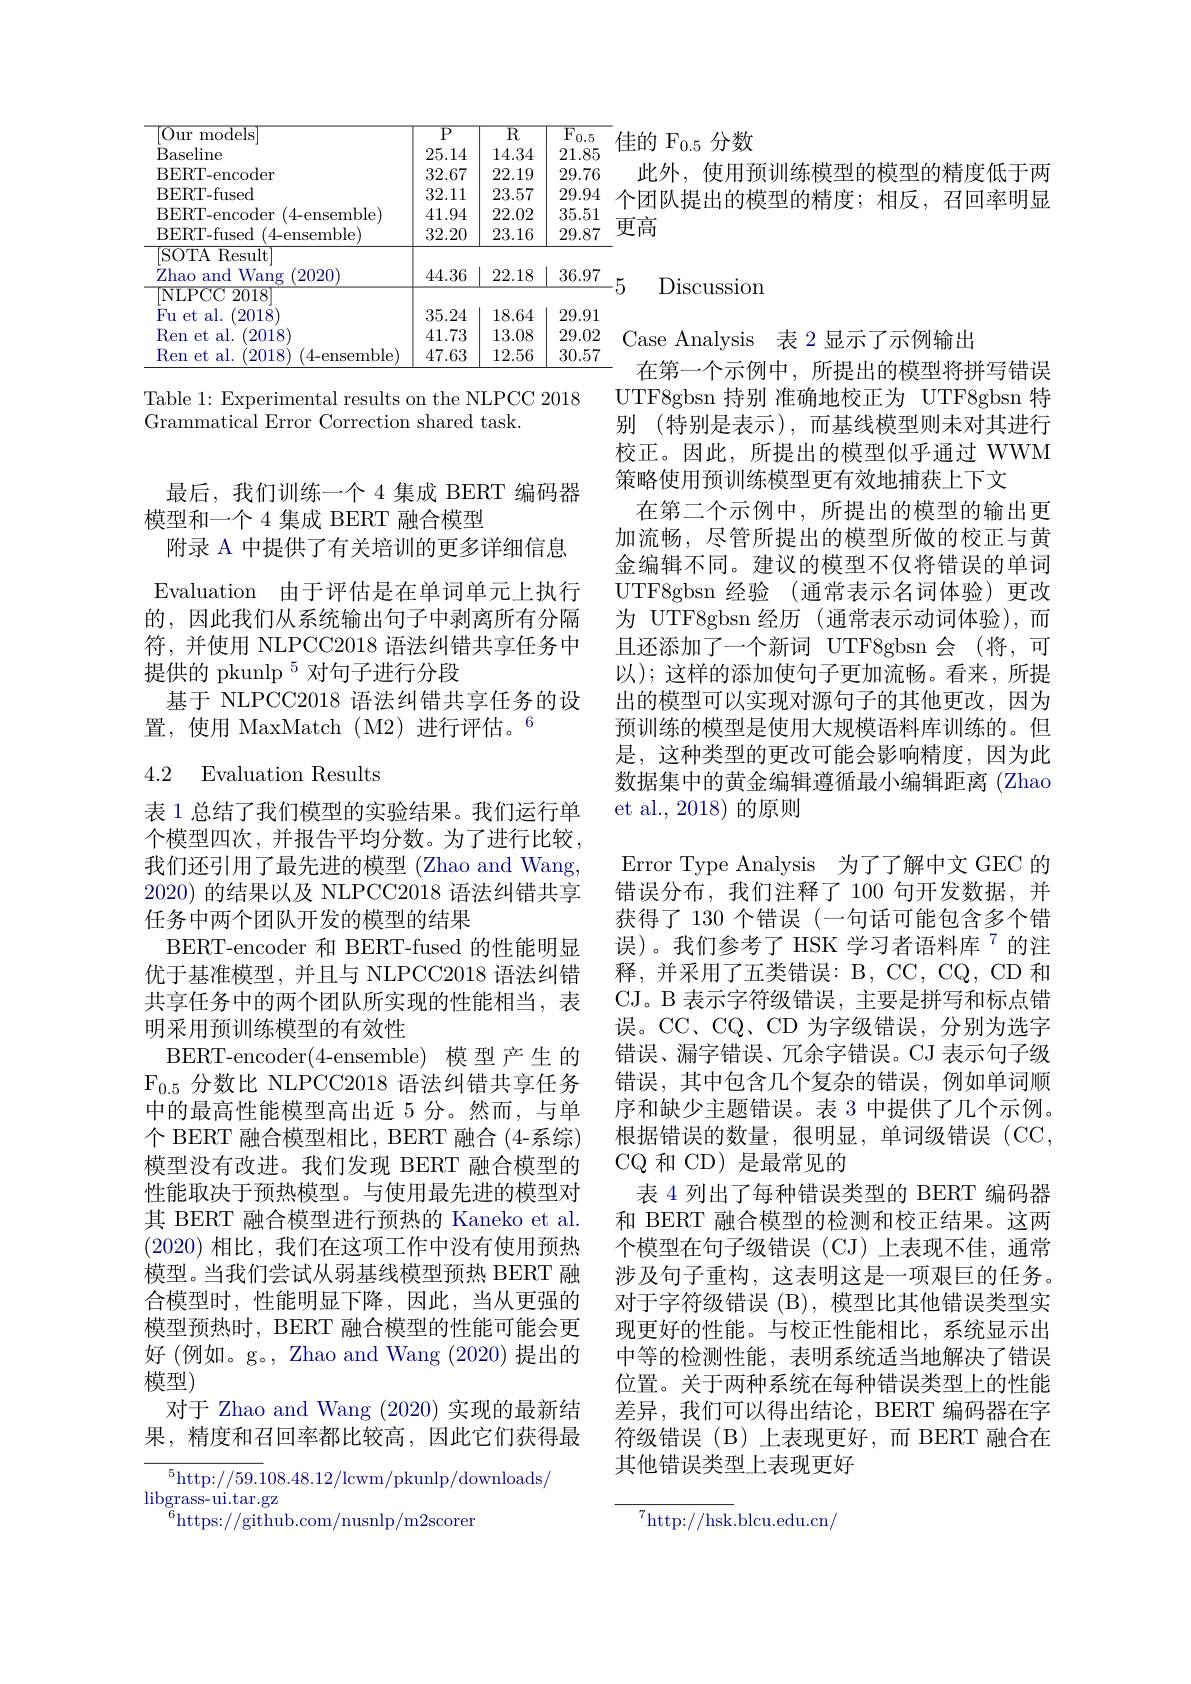
<table>
	<tbody>
		<tr>
			<td>$|{\mathrm{Our~models}}$ Baseline</td>
			<td>$\overline{{\mathrm{P}}}$ 25.14</td>
			<td>$\overline{\mathrm{R}}$ 14.34</td>
			<td>$\overline{{\mathrm{F}_{0.5}}}$ 21.85</td>
		</tr>
		<tr>
			<td>${\overline{{|Our~models}}}$</td>
			<td>$\overline{{\mathrm{P}}}$</td>
			<td>$\overline{\mathrm{R}}$</td>
			<td>$\overline{{\mathrm{F}}}$ 5</td>
		</tr>
		<tr>
			<td>BERT-encoder</td>
			<td>32.67</td>
			<td>22.19</td>
			<td>29.76</td>
		</tr>
		<tr>
			<td>BERT- fused</td>
			<td>32.11</td>
			<td>23.57</td>
			<td>29.94</td>
		</tr>
		<tr>
			<td>(4- ensemble) BERT-encoder</td>
			<td>41.94</td>
			<td>22.02</td>
			<td>35.51</td>
		</tr>
		<tr>
			<td>BERT-fused (4-ensemble)</td>
			<td>32.20</td>
			<td>23.16</td>
			<td>29.87</td>
		</tr>
		<tr>
			<td>[ SOTA .Result Zhao and lWang 2020</td>
			<td>44.36</td>
			<td>22.18</td>
			<td>36.97</td>
		</tr>
		<tr>
			<td>Fu et al. (2018</td>
			<td>35.24</td>
			<td>18.64</td>
			<td>29.91</td>
		</tr>
		<tr>
			<td>Ren et al. 2018</td>
			<td>41.73</td>
			<td>13.08</td>
			<td>29.02</td>
		</tr>
		<tr>
			<td>Ren et al. 2018 (4- ensemble)</td>
			<td>47.63</td>
			<td>12.56</td>
			<td>30.57</td>
		</tr>
	</tbody>
</table>

Table 1: Experimental results on the NLPCC 2018
Grammatical Error Correction shared task.

最后，我们训练一个 4 集成 BERT 编码器
模型和一个 4 集成 BERT 融合模型
附录 A 中提供了有关培训的更多详细信息Evaluation 由于评估是在单词单元上执行的，因此我们从系统输出句子中剥离所有分隔符，并使用 NLPCC2018 语法纠错共享任务中提供的 pkunlp $^{5}$对句子进行分段
基于 NLPCC2018 语法纠错共享任务的设
置，使用 MaxMatch(M2)进行评估。$^{6}$

### 4.2 Evaluation Results

表 1 总结了我们模型的实验结果。我们运行单个模型四次，并报告平均分数。为了进行比较， 我们还引用了最先进的模型 (Zhao and Wang, 2020)的结果以及 NLPCC2018 语法纠错共享任务中两个团队开发的模型的结果
BERT-encoder 和 BERT-fused 的性能明显优于基准模型，并且与 NLPCC2018 语法纠错共享任务中的两个团队所实现的性能相当，表明采用预训练模型的有效性
BERT-encoder(4-ensemble) 模型产生的$\mathrm{F}_{0.5}$分数比 NLPCC2018 语法纠错共享任务中的最高性能模型高出近 5 分。然而，与单个 BERT 融合模型相比，BERT 融合 (4-系综) 模型没有改进。我们发现 BERT 融合模型的性能取决于预热模型。与使用最先进的模型对其 BERT 融合模型进行预热的 Kaneko et al. (2020)相比，我们在这项工作中没有使用预热模型。当我们尝试从弱基线模型预热 BERT 融合模型时，性能明显下降，因此，当从更强的模型预热时，BERT 融合模型的性能可能会更好(例如。g。, Zhao and Wang (2020) 提出的模型)
对于 Zhao and Wang (2020) 实现的最新结果，精度和召回率都比较高，因此它们获得最

${^5\mathrm{http: }/ / 59. 1}08. 48. 12/$lcwm/ pkunlp/ downloads/
$\operatorname*{libgrass-ui.tar.gz}_{c}$
$^{6}$https://github.com/nusnlp/m2scorer

${\text{佳的 F}_{0.5}}$分数
此外，使用预训练模型的模型的精度低于两个团队提出的模型的精度；相反，召回率明显更高

Discussion

Case Analysis 表 2 显示了示例输出
在第一个示例中，所提出的模型将拼写错误UTF8gbsn 持别 准确地校正为 UTF8gbsn 特别 (特别是表示),而基线模型则未对其进行校正。因此，所提出的模型似乎通过 WWM 策略使用预训练模型更有效地捕获上下文
在第二个示例中，所提出的模型的输出更加流畅，尽管所提出的模型所做的校正与黄金编辑不同。建议的模型不仅将错误的单词UTF8gbsn 经验 (通常表示名词体验)更改为 UTF8gbsn 经历 (通常表示动词体验),而且还添加了一个新词 UTF8gbsn 会 (将，可以);这样的添加使句子更加流畅。看来，所提出的模型可以实现对源句子的其他更改，因为预训练的模型是使用大规模语料库训练的。但是，这种类型的更改可能会影响精度，因为此数据集中的黄金编辑遵循最小编辑距离(Zhao et al., 2018) 的原则
Error Type Analysis 为了了解中文 GEC 的错误分布，我们注释了100 句开发数据，并获得了 130 个错误 (一句话可能包含多个错误)。我们参考了 HSK 学习者语料库$^{7}$的注${\text{释，并采用了五类错误：B, CC, CQ, CD 和}}$ CJ。B 表示字符级错误，主要是拼写和标点错误。CC、CQ、CD 为字级错误，分别为选字错误、漏字错误、冗余字错误。CJ 表示句子级错误，其中包含几个复杂的错误，例如单词顺序和缺少主题错误。表 3 中提供了几个示例。根据错误的数量，很明显，单词级错误(CC, CQ 和 CD) 是最常见的
表 4 列出了每种错误类型的 BERT 编码器和 BERT 融合模型的检测和校正结果。这两个模型在句子级错误(CJ)上表现不佳，通常涉及句子重构，这表明这是一项艰巨的任务。对于字符级错误(B),模型比其他错误类型实现更好的性能。与校正性能相比，系统显示出中等的检测性能，表明系统适当地解决了错误位置。关于两种系统在每种错误类型上的性能差异，我们可以得出结论，BERT 编码器在字符级错误 (B)上表现更好，而 BERT 融合在其他错误类型上表现更好

${{^{7}\mathrm{http://hsk.blcu.edu.cn/}}}$